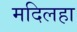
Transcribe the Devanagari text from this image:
मदिलहा